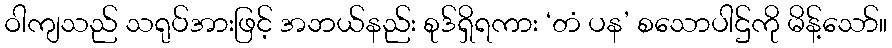
ဝါကျသည် သရုပ်အားဖြင့် အဘယ်နည်း စုဒ်ရှိရကား ‘တံ ပန’ စသောပါဌ်ကို မိန့်သော်။